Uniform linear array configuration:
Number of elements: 8
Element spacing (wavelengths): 1
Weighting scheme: kaiser
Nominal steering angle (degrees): -60
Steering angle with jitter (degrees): -58.29
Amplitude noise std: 0.05
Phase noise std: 0.05

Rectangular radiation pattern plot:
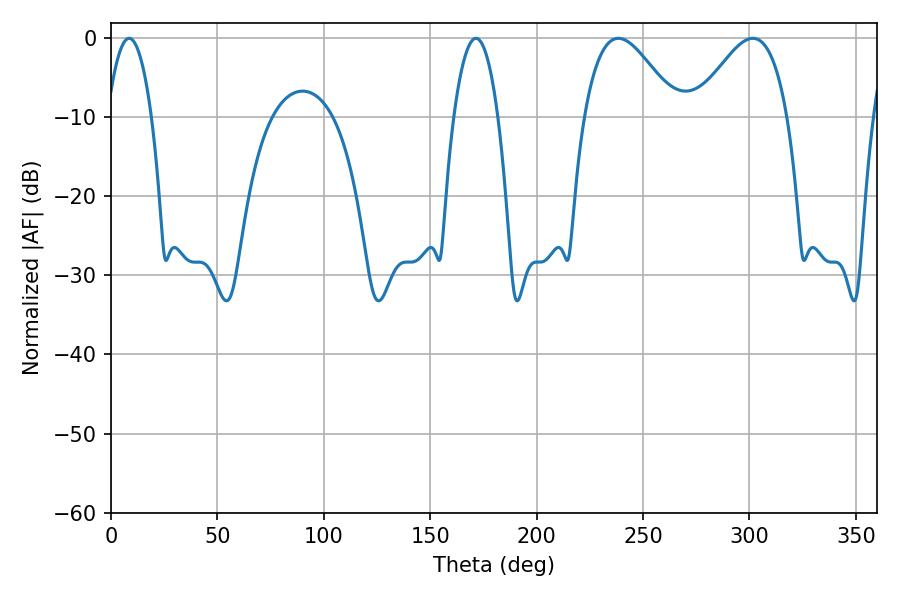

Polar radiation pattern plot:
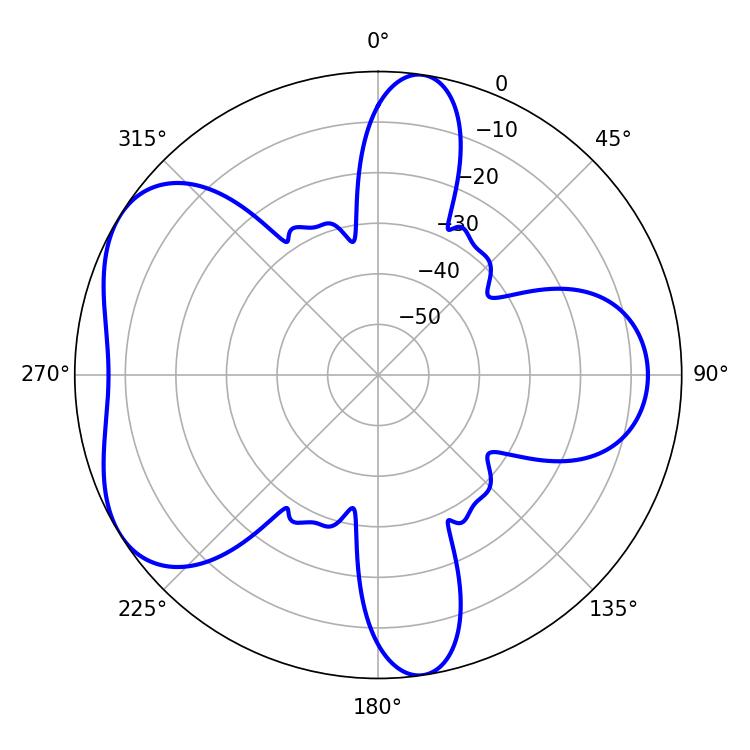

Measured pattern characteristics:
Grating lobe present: TRUE
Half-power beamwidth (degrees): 23.4
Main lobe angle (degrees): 238.5